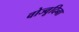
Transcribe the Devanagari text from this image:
वोज्वूदिना